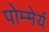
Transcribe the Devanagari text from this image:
पोम्मेर्य